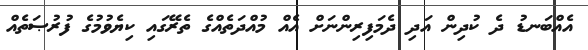
އެއްބަނޑު ދެ ކުދިން އަދި ދެމަފިރިންނަށް އެއް މުއްދަތެއްގެ ތެރޭގައި ކިޔެވުމުގެ ފުރުޞަތެއް